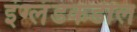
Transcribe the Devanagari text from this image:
इंग्लंडकडील